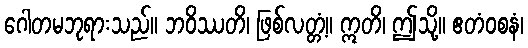
ဂေါတမဘုရားသည်။ ဘဝိဿတိ၊ ဖြစ်လတ္တံ့။ ဣတိ၊ ဤသို့။ ဧတံဝစနံ၊